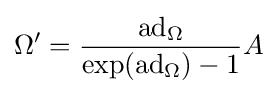
\Omega '={\frac {\operatorname {ad} _{\Omega }}{\exp(\operatorname {ad} _{\Omega })-1}}A